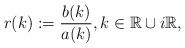
LaTeX: \begin{align*}r(k):=\frac{b(k)}{a(k)}, k \in \mathbb{R} \cup i\mathbb{R},\end{align*}